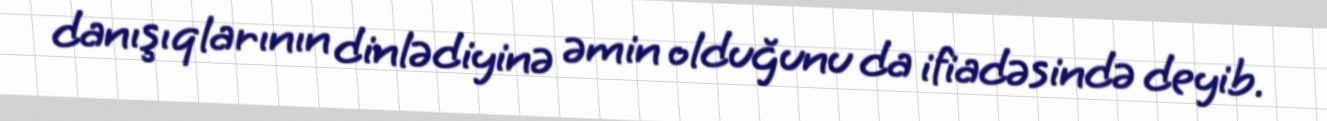
danışıqlarının dinlədiyinə əmin olduğunu da ifiadəsində deyib.